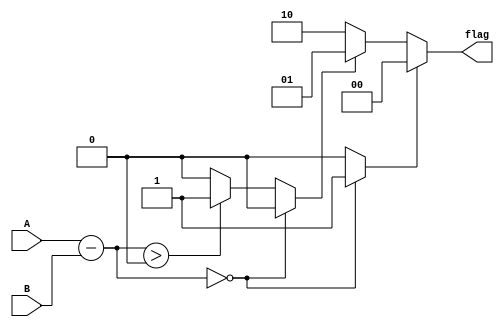
module unsigned_comparator (
    input [7:0] A,
    input [7:0] B,
    output reg [1:0] flag
);

reg [8:0] diff;
reg equal, greater, less;

// adder/subtractor block
always @(*) begin
    diff = {1'b0, A} - {1'b0, B};
end

// comparator block
always @(*) begin
    if (diff == 9'b0) begin
        equal = 1'b1;
        greater = 1'b0;
        less = 1'b0;
    end else if (diff > 9'b0) begin
        equal = 1'b0;
        greater = 1'b1;
        less = 1'b0;
    end else begin
        equal = 1'b0;
        greater = 1'b0;
        less = 1'b1;
    end
end

// flag assignment
always @(*) begin
    if (equal) begin
        flag = 2'b00;
    end else if (greater) begin
        flag = 2'b01;
    end else begin
        flag = 2'b10;
    end
end

endmodule